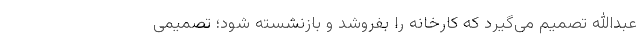
عبدالله تصمیم می‌گیرد که کارخانه را بفروشد و بازنشسته شود؛ تصمیمی